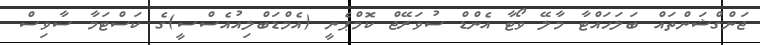
ޖަންގްޝަންތައް ބަލަހައްޓާ މާލޭ ވޯޓާ އެންޑް ސުވަރޭޖް ކޮމްޕެނީ (އެމްޑަބްލިއުއެސްސީ)ގެ ކަސްޓަމާ ސާވިސް